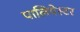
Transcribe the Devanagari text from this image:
पालियेस्टर